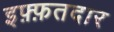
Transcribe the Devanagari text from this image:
इफ़्फ़तदार